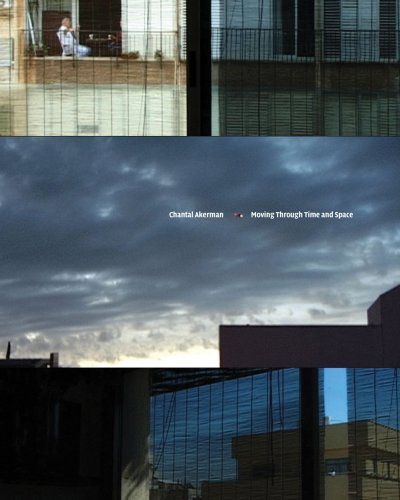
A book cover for Chantal Akerman: Moving Through Time and Space; Terrie Sultan; Arts & Photography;